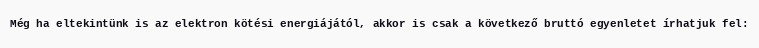
Még ha eltekintünk is az elektron kötési energiájától, akkor is csak a következő bruttó egyenletet írhatjuk fel: